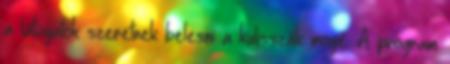
a látogatók szeretnek belesni a kulisszák mögé. A program